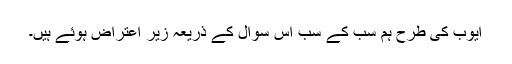
ایوب کی طرح ہم سب کے سب اس سوال کے ذریعہ زیر اعتراض ہوئے ہیں۔